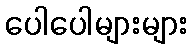
ပေါပေါများများ